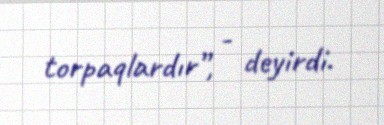
torpaqlardır”, - deyirdi.